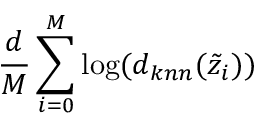
\frac { d } { M } \sum _ { i = 0 } ^ { M } \log ( d _ { k n n } ( \Tilde { z } _ { i } ) )